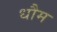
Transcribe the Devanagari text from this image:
धौम